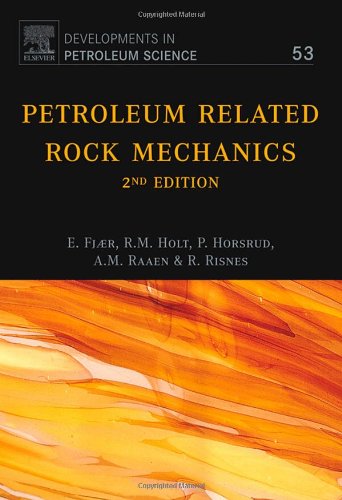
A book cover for Petroleum Related Rock Mechanics; Erling Fjar; Science & Math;